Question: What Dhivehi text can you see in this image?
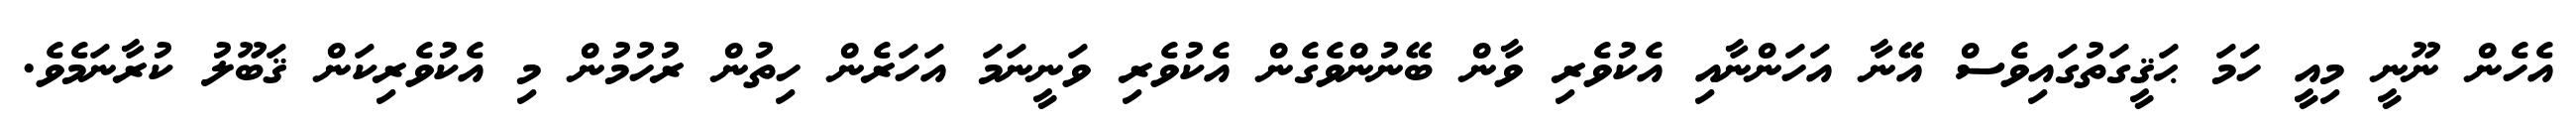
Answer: އެހެން ނޫނީ މިއީ ހަމަ ޙަޤީގަތުގައިވެސް އޭނާ އަހަންނާއި އެކުވެރި ވާން ބޭނުންވެގެން އެކުވެރި ވަނީނަމަ އަހަރެން ހިތުން ރުހުމުން މި އެކުވެރިކަން ޤަބޫލު ކުރާނަމެވެ.